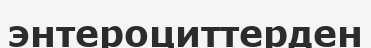
энтероциттерден